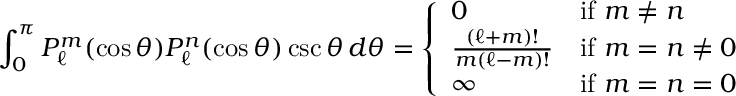
\int _ { 0 } ^ { \pi } P _ { \ell } ^ { m } ( \cos \theta ) P _ { \ell } ^ { n } ( \cos \theta ) \csc \theta \, d \theta = { \left\{ \begin{array} { l l } { 0 } & { { \mathrm { i f ~ } } m \neq n } \\ { { \frac { ( \ell + m ) ! } { m ( \ell - m ) ! } } } & { { \mathrm { i f ~ } } m = n \neq 0 } \\ { \infty } & { { \mathrm { i f ~ } } m = n = 0 } \end{array} \right. }